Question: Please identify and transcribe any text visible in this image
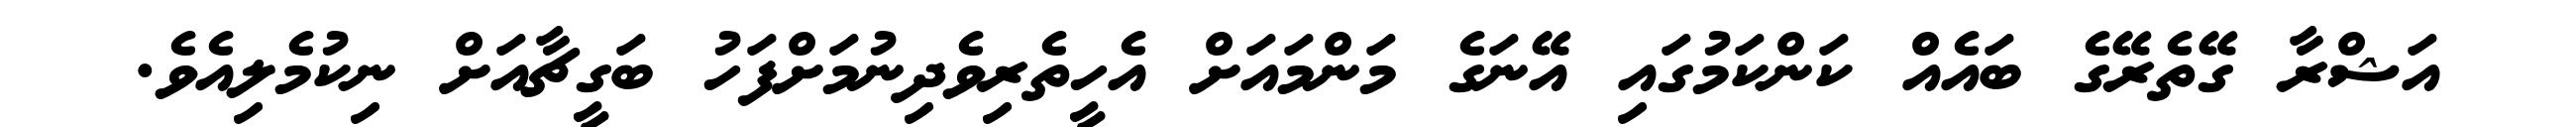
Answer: އަޝްރާ ގޭތެރޭގެ ބައެއް ކަންކަމުގައި އޭނަގެ މަންމައަށް އެހީތެރިވެދިނުމަށްފަހު ބަގީޗާއަށް ނިކުމެލިއެވެ.